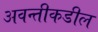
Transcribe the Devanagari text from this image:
अवन्तीकडील